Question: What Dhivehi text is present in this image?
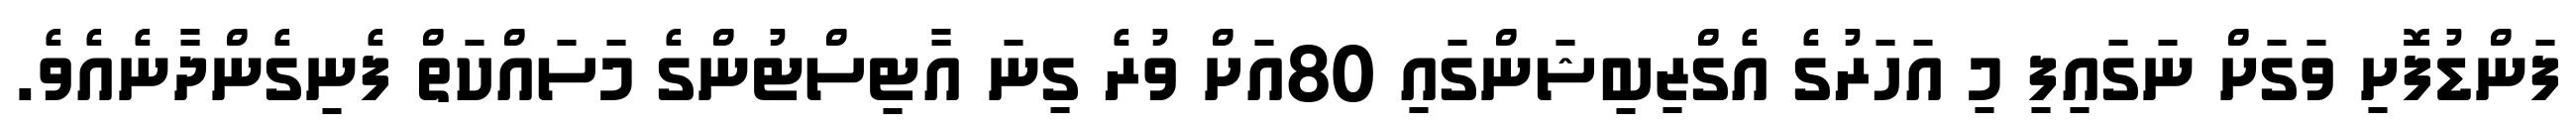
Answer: ފަންޑުފޮށި ވަގަށް ނަގައިފި މި އަހަރުގެ އެގްޒިބިޝަންގައި 80އަށް ވުރެ ގިނަ އާޓިސްޓުންގެ މަސައްކަތް ފެނިގެންދާނެއެވެ.